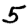
Digit: 5